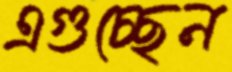
এগুচ্ছেন